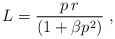
\begin{align*}L = \frac{ p\,r }{(1+\beta p^2)}\;,\end{align*}